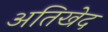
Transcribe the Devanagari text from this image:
अतिखेद